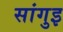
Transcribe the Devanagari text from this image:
सांगुइ